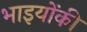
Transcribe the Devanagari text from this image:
भाइयोंकी